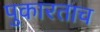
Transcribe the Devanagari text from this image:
पुकारताच